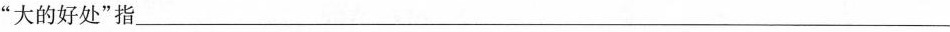
”大的好处”指___